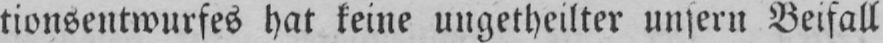
tionsentwurfes hat keine ungetheilter unsern Beifall